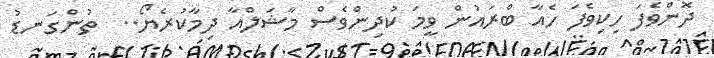
ދޮންވެފަ ހިކިވެފަ ހެއާ ބްރައުން ވީމަ ކުދިންވެސް މާޝަލްއާ ދިމާކުރެޔޯ..  ތުންގަނޑު